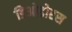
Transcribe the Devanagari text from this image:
डिओडोरस